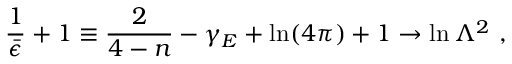
\frac { 1 } { \bar { \epsilon } } + 1 \equiv \frac { 2 } { 4 - n } - \gamma _ { E } + \ln ( 4 \pi ) + 1 \rightarrow \ln \Lambda ^ { 2 } \ ,